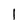
Character: l